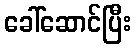
ခေါ်ဆောင်ပြီး